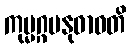
ကုမ္မဂ္ဂမနုဓာဝတိ